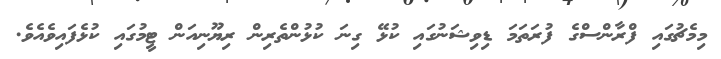
މިމެޗުގައި ފްރާންސްގެ ފުރަތަމަ ޑިވިޝަނުގައި ކުޅޭ ގިނަ ކުޅުންތެރިން ރިޔޫނިއަން ޓީމުގައި ކުޅެފައިވެއެވެ.